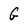
Character: G